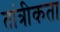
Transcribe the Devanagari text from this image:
तांत्रीकता